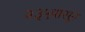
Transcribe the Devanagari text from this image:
२३५पासून